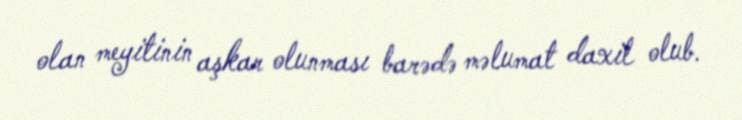
olan meyitinin aşkar olunması barədə məlumat daxil olub.